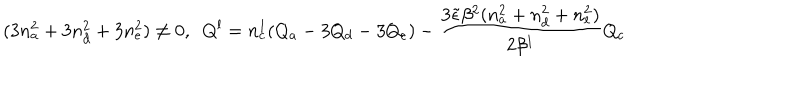
( 3 n _ { a } ^ { 2 } + 3 n _ { d } ^ { 2 } + 3 n _ { e } ^ { 2 } ) \neq 0 , \; \ Q ^ { l } = n _ { c } ^ { 1 } ( Q _ { a } - 3 Q _ { d } - 3 Q _ { e } ) - \frac { 3 { \tilde { \epsilon } } \beta ^ { 2 } ( n _ { a } ^ { 2 } + n _ { d } ^ { 2 } + n _ { e } ^ { 2 } ) } { 2 \beta ^ { 1 } } Q _ { c }